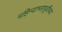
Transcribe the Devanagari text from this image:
महिन्याभरापूर्वीच्या